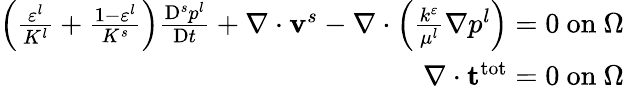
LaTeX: \begin{array}{r}{\left(\frac{\varepsilon^{l}}{K^{l}}+\frac{1-\varepsilon^{l}}{K^{s}}\right)\frac{\mathrm{D}^{s}p^{l}}{\mathrm{D}t}+\nabla\cdot\mathbf{v}^{s}-\nabla\cdot\left(\frac{k^{\varepsilon}}{\mu^{l}}\mathbf{\nabla}p^{l}\right)=0~\mathrm{on~}\Omega}\\ {\mathbf{\nabla}\cdot\mathbf{t}^{\mathrm{tot}}=0~\mathrm{on~}\Omega}\end{array}